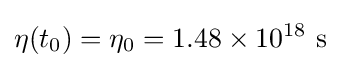
\eta (t_{0})=\eta _{0}=1.48\times 10^{18}{\text{ s}}